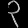
Digit: ၃